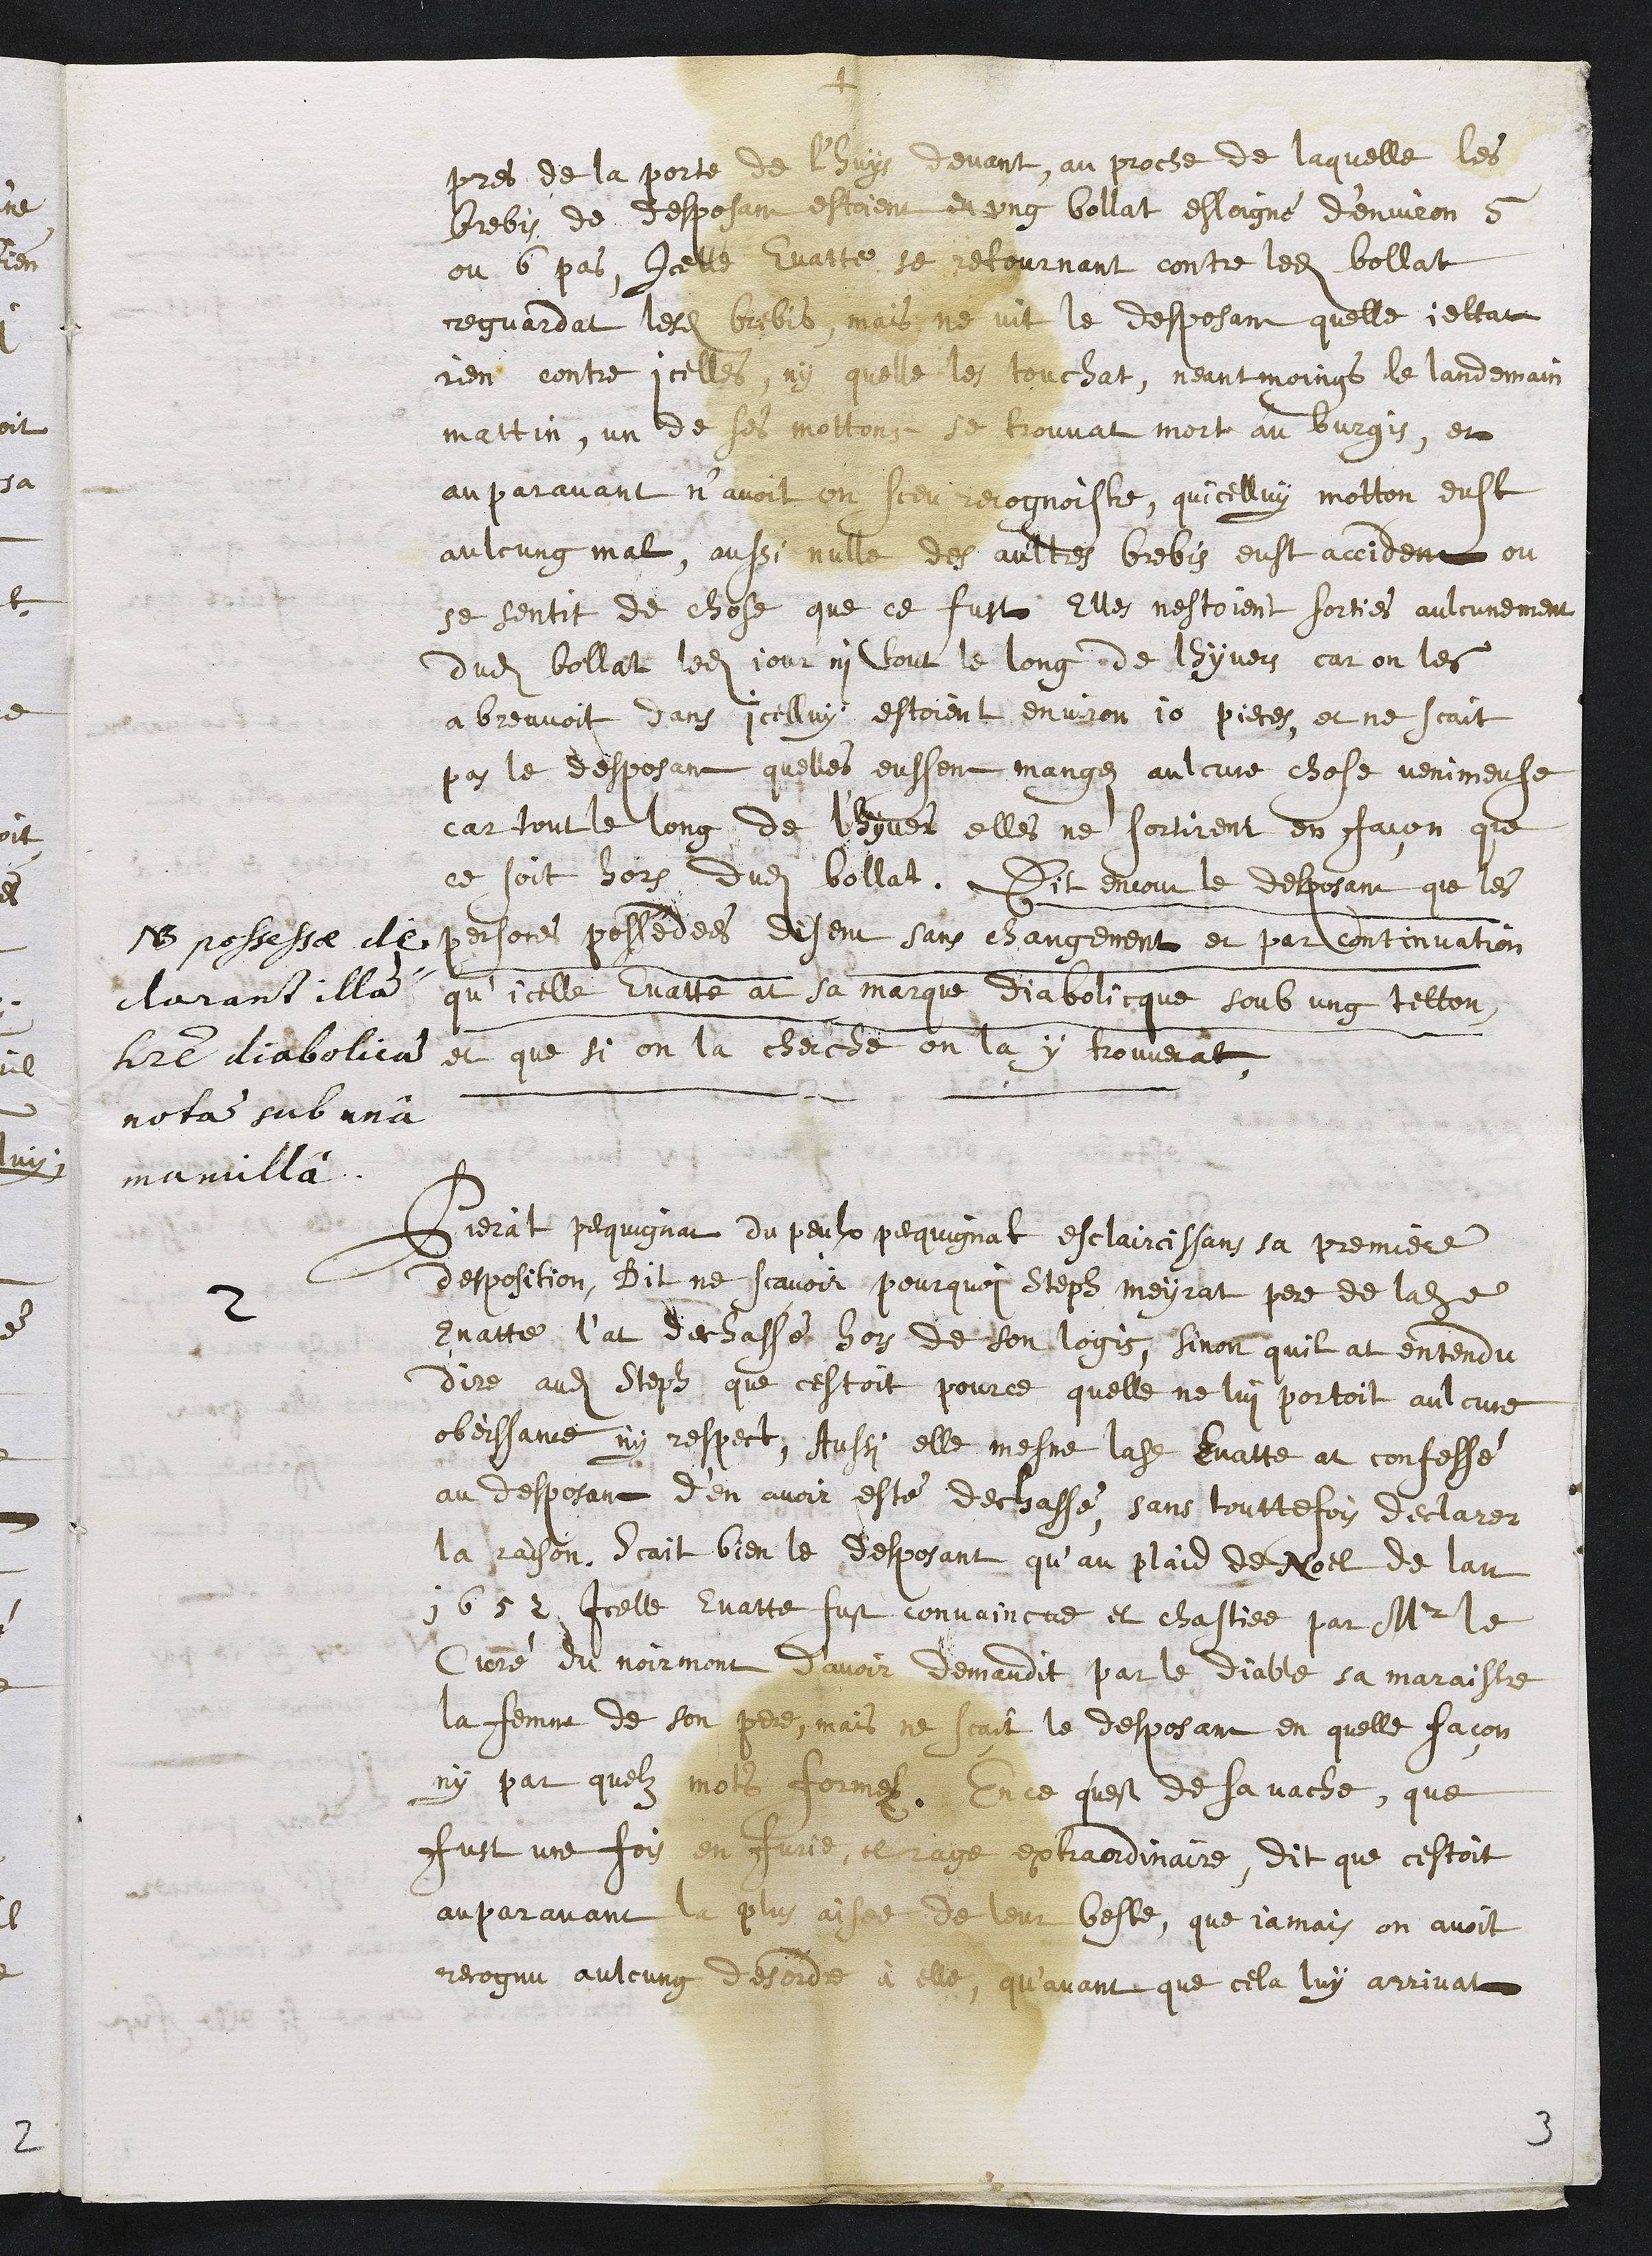
+
pres de la porte de l'huys devant, au proche de laquelle les
brebis de desposant estoient en ung bollat esloigné d’environ 5
ou 6 pas, Icelle Evatte se retournant contre ledit bollat
reguardat lesdites brebis, mais ne vit le desposant quelle jettat
rien contre icelles, ny quelle les touchat, neantmoings le landemain
mattin, un de ses mottons se trouvat mort au burgis, et
auparavant n’avoit on sceu recognoistre, quicelluy motton eust
aulcung mal, aussi nulle des aultres brebis eust accident ou
se sentit de chose que ce fust Elle nestoient sorties aulcunement
dudit bollat ledit jour ni tout le long de lhyvers, car on les
a breuvoit dans icelluy estoient environ 10 pieces, et ne scait
pas le desposant quelles eussent mangez aulcune chose venimeuse
car tout le long de l'hyver elle ne sortirent en facon que
ce soit hors dudit bollat. Dit encour le desposant que les
persones possédees disent sans changement et par continuation
qu’icelle Evatte at sa marque Diabolicque soub ung tetton
et que si on la cherche on la y trouverat,
NB possessae de¬
clarant illam
habere diabolicam
notam sub unâ
mamillâ.
2
Pierat pequignat du peulx pequignat esclaircissans sa premiere
desposition, Dit ne scavoir pourquoi Steph meyrat pere de ladite
Evatte l’at dechassé hors de son logis, sinon quil at entendu
dire audit Seph que cestoit pource quelle ne lui portoit aulcune
obeissance ny respect, Aussi elle mesme ladite Evatte at confessé
au desposant d'en avoir esté dechassé, sans touttefois declarer
la raison, scait bien le desposant qu’au plaid de Noel de lan
1652 icelle Evatte fust convaincue et chastiee par Mr le
Curé du Noirmont d’avoir demaudit par le diable sa maraistre
la femme de son pere, mais ne scait le desposant en quelle façon
ny par quelz mots formez. En ce qu'est de sa vache, que
fust une fois en furie, et rage extraordinaire, dit que cestoit
auparavant la plus aisee de leur beste, que jamais on avoit
recognu aulcung desorde à elle, qu’avant que cela luy arrivat
3